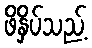
ဖိနှိပ်သည့်